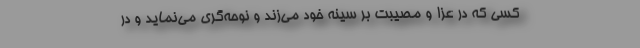
کسی که در عزا و مصیبت بر سینه خود می‌زند و نوحه‌گری می‌نماید و در